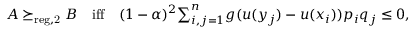
\begin{array} { r } { A \succeq _ { \mathrm { r e g , 2 } } B \quad \mathrm { i f f } \quad ( 1 - \alpha ) ^ { 2 } { \sum } _ { i , j = 1 } ^ { n } g ( u ( y _ { j } ) - u ( x _ { i } ) ) p _ { i } q _ { j } \leq 0 , } \end{array}